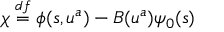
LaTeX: \chi \stackrel { d f } { = } \phi ( s , u ^ { a } ) - B ( u ^ { a } ) \psi _ { 0 } ( s )